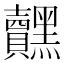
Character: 𮮟